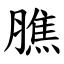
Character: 膲